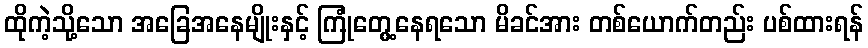
ထိုကဲ့သို့သော အခြေအနေမျိုးနှင့် ကြုံတွေ့နေရသော မိခင်အား တစ်ယောက်တည်း ပစ်ထားရန်